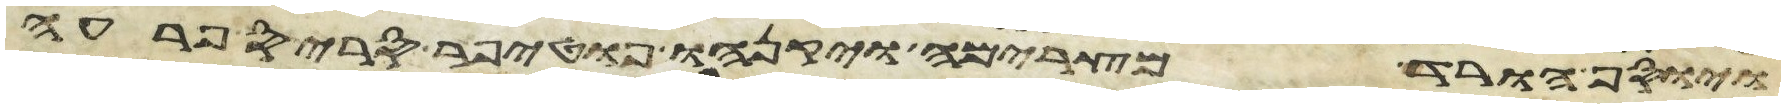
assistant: ויוסף הורד מצרימה ויקנהו פוטיפר סריס פרעה